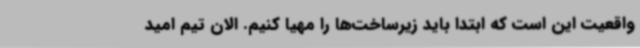
واقعیت این است که ابتدا باید زیرساخت‌ها را مهیا کنیم‌. الان تیم امید